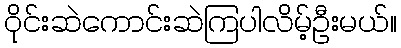
ဝိုင်းဆဲကောင်းဆဲကြပါလိမ့်ဦးမယ်။